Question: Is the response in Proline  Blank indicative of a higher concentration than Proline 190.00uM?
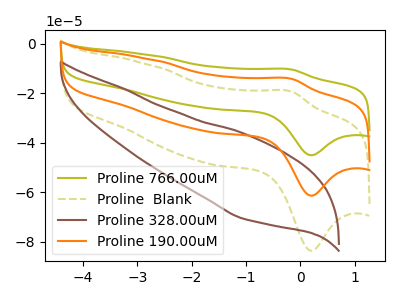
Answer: <think>The olive curve "Proline 766.00uM" has an anodic peak at (-0.15V, -28.50uA) and a cathodic peak at (0.20V, -122.75uA). The olive dashed curve "Proline  Blank" has an anodic peak at (-0.15V, -19.40uA) and a cathodic peak at (0.20V, -83.60uA). The brown curve "Proline 328.00uM" has no peaks. The orange curve "Proline 190.00uM" has an anodic peak at (-0.15V, -14.25uA) and a cathodic peak at (0.20V, -61.35uA).
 All the peaks in "Proline  Blank" have a peak in "Proline 190.00uM" at the same potential.</think>
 <answer>I cant tell if "Proline  Blank" or "Proline 190.00uM" has more signal.</answer>
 <eval>mixed_signal</eval>